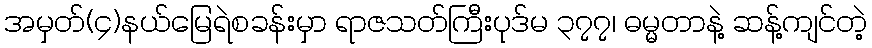
အမှတ်(၄)နယ်မြေရဲစခန်းမှာ ရာဇသတ်ကြီးပုဒ်မ ၃၇၇၊ ဓမ္မတာနဲ့ ဆန့်ကျင်တဲ့